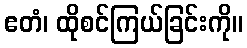
ဧတံ၊ ထိုစင်ကြယ်ခြင်းကို။